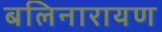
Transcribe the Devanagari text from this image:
बलिनारायण